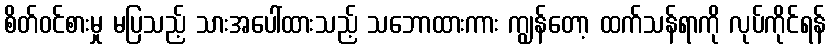
စိတ်ဝင်စားမှု မပြသည့် သားအပေါ်ထားသည့် သဘောထားကား ကျွန်တော့ ထက်သန်ရာကို လုပ်ကိုင်ရန်